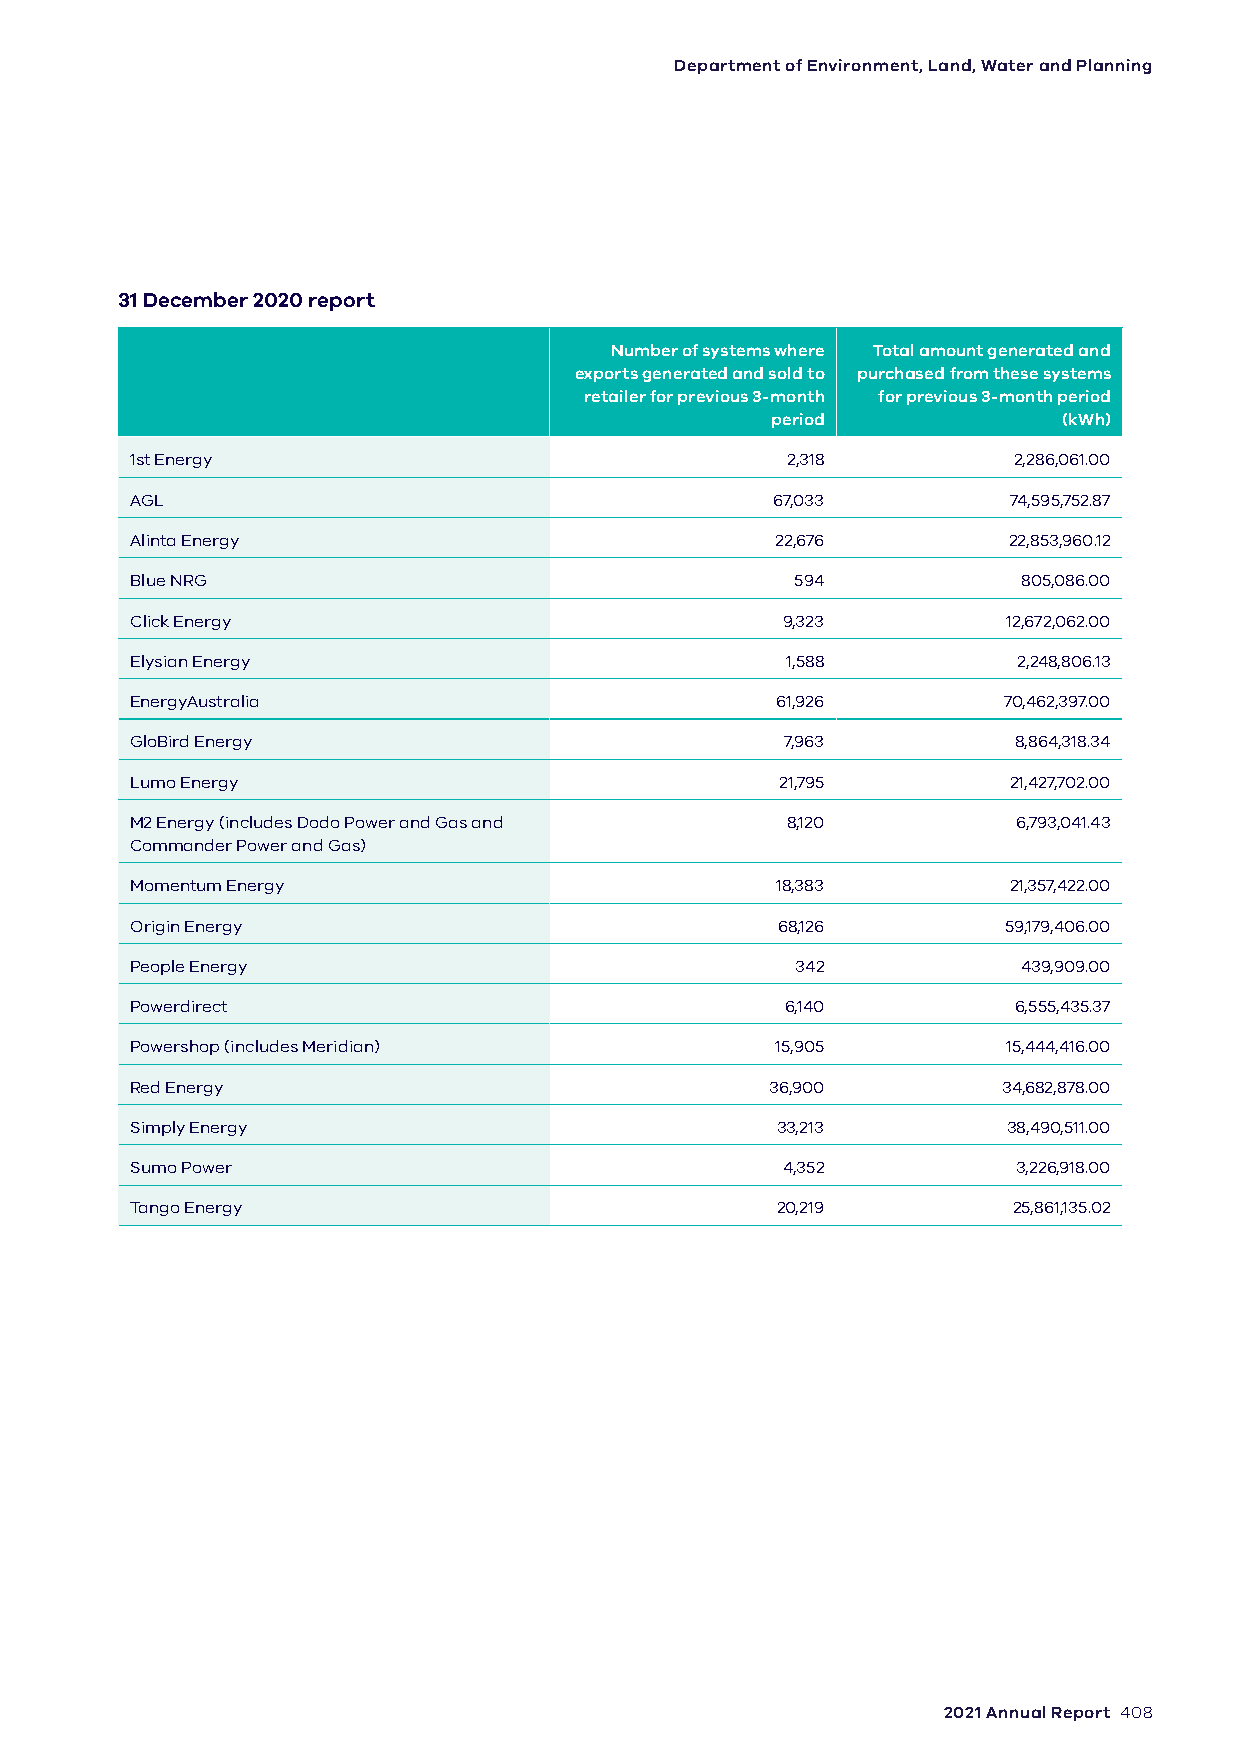
Department of Environment, Land, Water and Planning
 31 December 2020 report
 Number of systems where Total amount generated and
 exports generated and sold to purchased from these systems
 retailer for previous 3-month for previous 3-month period
 period             (kWh)
 1st Energy                                 2,318          2,286,061.00
 AGL                                       67,033          74,595,752.87
 Alinta Energy                             22,676          22,853,960.12
 Blue NRG                                    594            805,086.00
 Click Energy                               9,323          12,672,062.00
 Elysian Energy                             1,588          2,248,806.13
 EnergyAustralia                           61,926         70,462,397.00
 GloBird Energy                             7,963          8,864,318.34
 Lumo Energy                                21,795         21,427,702.00
 M2 Energy (includes Dodo Power and Gas and 8,120          6,793,041.43
 Commander Power and Gas)
 Momentum Energy                           18,383          21,357,422.00
 Origin Energy                             68,126         59,179,406.00
 People Energy                               342            439,909.00
 Powerdirect                                6,140          6,555,435.37
 Powershop (includes Meridian)             15,905          15,444,416.00
 Red Energy                                36,900         34,682,878.00
 Simply Energy                             33,213          38,490,511.00
 Sumo Power                                 4,352          3,226,918.00
 Tango Energy                              20,219          25,861,135.02
 2021 Annual Report 408